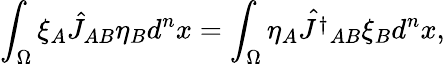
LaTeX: \int_{\Omega}\xi_{A}\hat{J}_{AB}\eta_{B}d^{n}x=\int_{\Omega}\eta_{A}\hat{J^{\dagger}}_{AB}\xi_{B}d^{n}x,